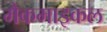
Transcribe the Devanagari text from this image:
मैकमाइकल